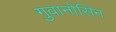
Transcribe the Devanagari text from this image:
गुवानोसिन